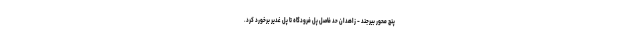
پنج محور بیرجند - زاهدان حد فاصل پل فرودگاه تا پل غدیر برخورد کرد.